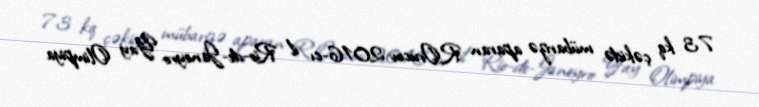
73 kq çəkidə mübarizə aparan R.Orucov 2016-cı il Rio-de-Janeyro Yay Olimpiya